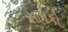
સાધકો